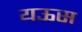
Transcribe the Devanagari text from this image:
यऊस